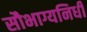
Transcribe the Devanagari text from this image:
सौभाग्यनिधी